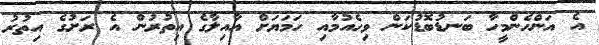
އެ އަންހެންމީހާ ބަނޑުބޮޑުކަން ވިހެއުމާއި ހަމަޔަށް އާއިލާގެ އިތުރުން އެ ރަށުގެ އިތުރު